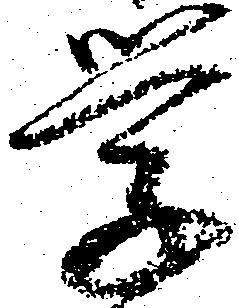
学